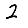
Digit: 2